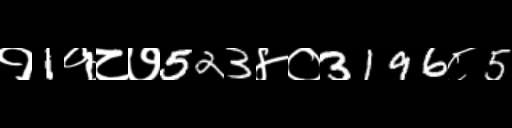
Text: १1१८७523४०3196८5